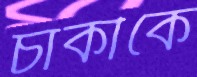
চাকীকে